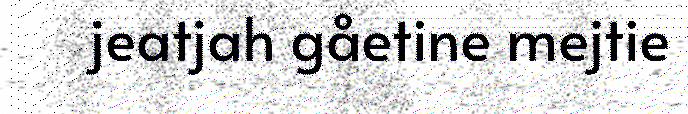
jeatjah gåetine mejtie